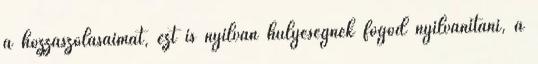
a hozzászólásaimat, ezt is nyilván hülyeségnek fogod nyilvánítani, a